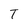
Character: T